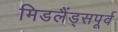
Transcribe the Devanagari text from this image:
मिडलैंड्सपूर्व